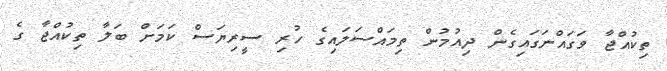
ތިކުއްޖާ ވަގައްނަގައިގެން ދިއުމުން ތިމައްސަލައިގެ ހުރި ސީރިޔަސް ކަމަށް ބަލާ ތިކުއްޖާ ގެ